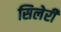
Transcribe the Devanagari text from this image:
सिलेरी